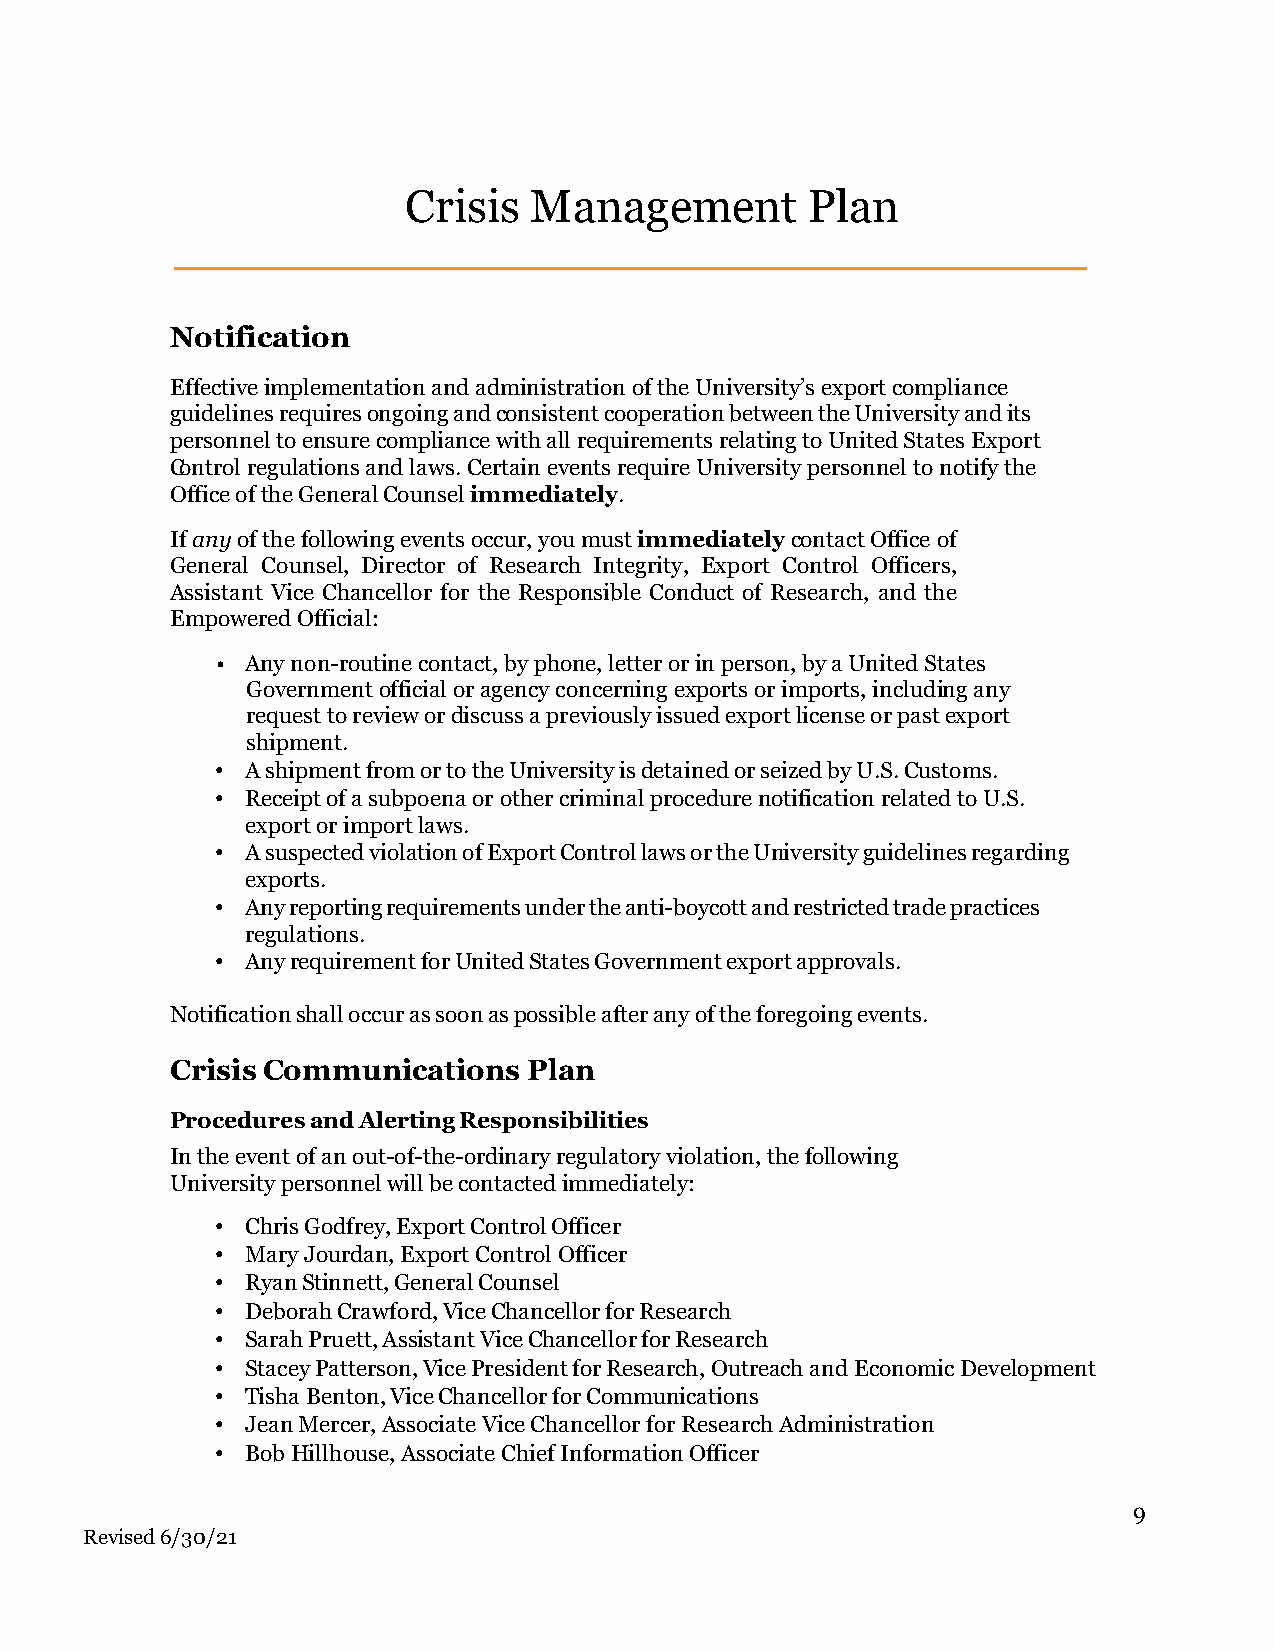
Crisis  Management        Plan
 Notification
 Effective implementation and administration of the University’s export compliance
 guidelines requires ongoing and consistent cooperation between the University and its
 personnel to ensure compliance with all requirements relating to United States Export
 Control regulations and laws. Certain events require University personnel to notify the
 Office of the General Counsel immediately.
 If any of the following events occur, you must immediately contact Office of
 General Counsel, Director of Research Integrity, Export Control Officers,
 Assistant Vice Chancellor for the Responsible Conduct of Research, and the
 Empowered Official:
 • Any non-routine contact, by phone, letter or in person, by a United States
 Government official or agency concerning exports or imports, including any
 request to review or discuss a previously issued export license or past export
 shipment.
 • A shipment from or to the University is detained or seized by U.S. Customs.
 • Receipt of a subpoena or other criminal procedure notification related to U.S.
 export or import laws.
 • A suspected violation of Export Control laws or the University guidelines regarding
 exports.
 • Any reporting requirements under the anti-boycott and restricted trade practices
 regulations.
 • Any requirement for United States Government export approvals.
 Notification shall occur as soon as possible after any of the foregoing events.
 Crisis Communications   Plan
 Procedures and Alerting Responsibilities
 In the event of an out-of-the-ordinary regulatory violation, the following
 University personnel will be contacted immediately:
 • Chris Godfrey, Export Control Officer
 • Mary Jourdan, Export Control Officer
 • Ryan Stinnett, General Counsel
 • Deborah Crawford, Vice Chancellor for Research
 • Sarah Pruett, Assistant Vice Chancellor for Research
 • Stacey Patterson, Vice President for Research, Outreach and Economic Development
 • Tisha Benton, Vice Chancellor for Communications
 • Jean Mercer, Associate Vice Chancellor for Research Administration
 • Bob Hillhouse, Associate Chief Information Officer
 9
 Revised 6/30/21